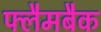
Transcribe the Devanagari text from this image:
फ्लैमबैक